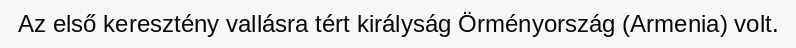
Az első keresztény vallásra tért királyság Örményország (Armenia) volt.